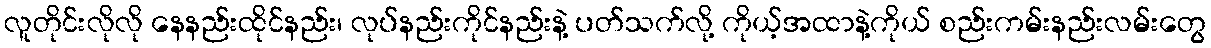
လူတိုင်းလိုလို နေနည်းထိုင်နည်း၊ လုပ်နည်းကိုင်နည်းနဲ့ ပတ်သက်လို့ ကိုယ့်အထာနဲ့ကိုယ် စည်းကမ်းနည်းလမ်းတွေ